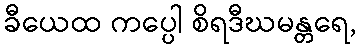
ခီယေထ ကပ္ပေါ စိရဒီဃမန္တရေ,